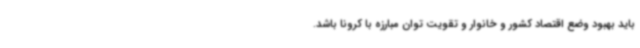
باید بهبود وضع اقتصاد کشور و خانوار و تقویت توان مبارزه با کرونا باشد.